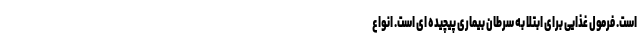
است. فرمول غذایی برای ابتلا به سرطان بیماری پیچیده ای است. انواع